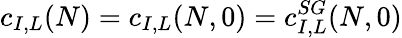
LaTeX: c_{I,L}(N)=c_{I,L}(N,0)=c_{I,L}^{SG}(N,0)